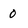
Character: 0